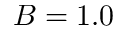
B = 1 . 0